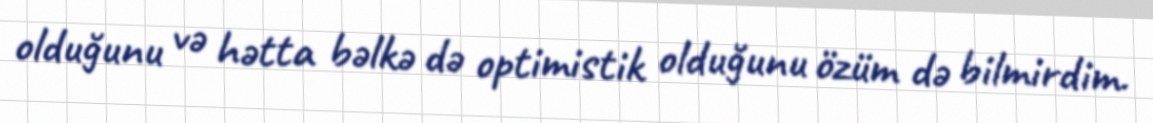
olduğunu və hətta bəlkə də optimistik olduğunu özüm də bilmirdim.